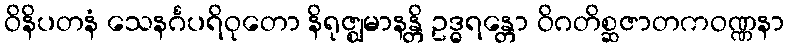
ဝိနိပတနံ သေနင်္ဂပရိဝုတော နိရုဇ္ဈမာနန္တိ ဥဒ္ဓရန္တော ဝိဂတိစ္ဆဇာတကဝဏ္ဏနာ